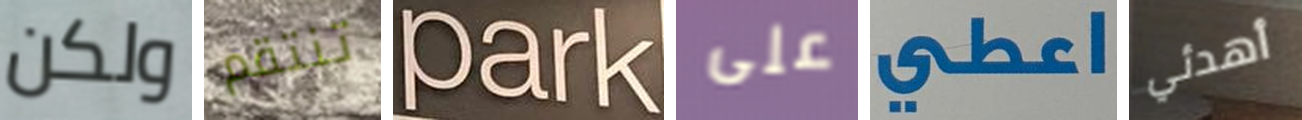
ولكن تنتقم Park على اعطي أهدئي